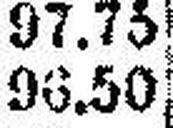
96.50